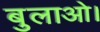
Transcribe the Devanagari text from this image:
बुलाओ।